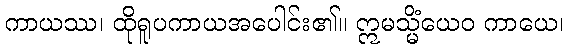
ကာယဿ၊ ထိုရူပကာယအပေါင်း၏။ ဣမသ္မိံယေဝ ကာယေ၊